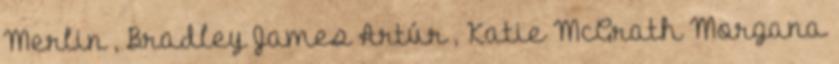
Merlin , Bradley James Artúr , Katie McGrath Morgana